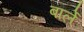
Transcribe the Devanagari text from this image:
बार्ले